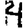
Digit: 4